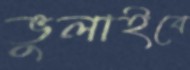
ভুলাইবে